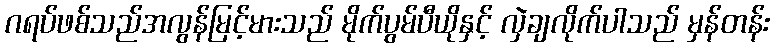
ဂရပ်ဖစ်သည်အလွန်မြင့်မားသည် မိုက်ပွမ်ပီယိုနှင့် လှဲချလိုက်ပါသည် မှန်တန်း